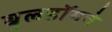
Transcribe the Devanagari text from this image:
बुलडॉगने